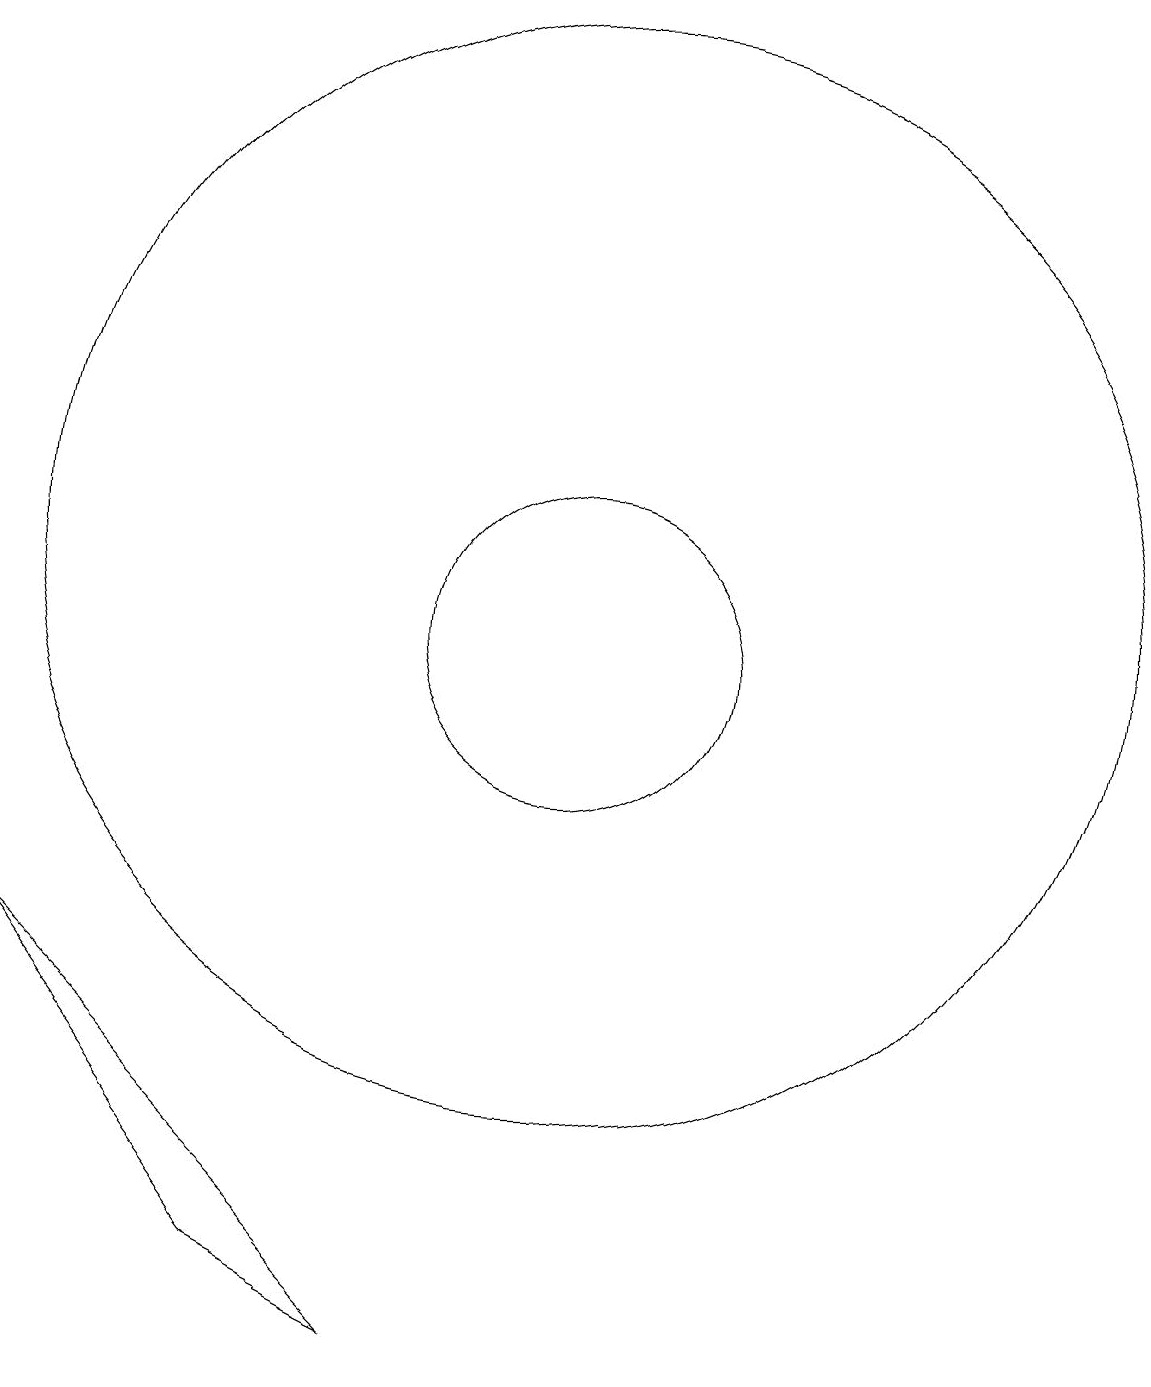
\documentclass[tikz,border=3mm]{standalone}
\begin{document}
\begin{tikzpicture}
\draw (11,10) circle (2);
\draw (7,2) -- (4,6) -- (9,1) -- cycle;
\draw (11,11) circle (7);
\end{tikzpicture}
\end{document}